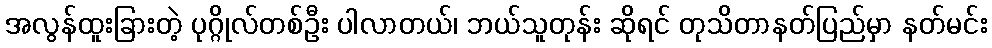
အလွန်ထူးခြားတဲ့ ပုဂ္ဂိုလ်တစ်ဦး ပါလာတယ်၊ ဘယ်သူတုန်း ဆိုရင် တုသိတာနတ်ပြည်မှာ နတ်မင်း